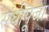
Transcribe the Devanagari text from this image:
संधीपूजा